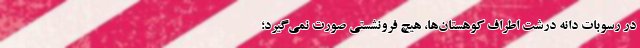
در رسوبات دانه درشت اطراف کوهستان‌ها، هیچ فرونشستی صورت نمی‌گیرد؛